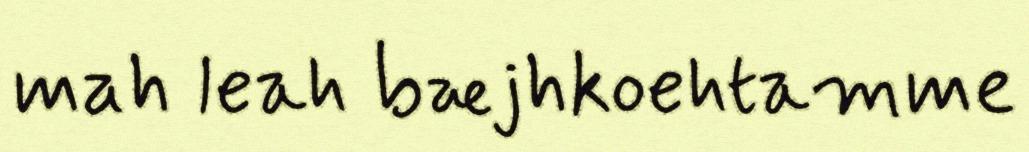
mah leah bæjhkoehtamme